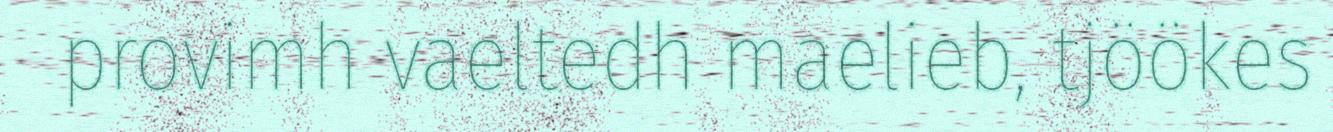
provimh vaeltedh maelieb, tjöökes